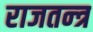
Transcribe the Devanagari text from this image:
राजतन्‍त्र